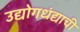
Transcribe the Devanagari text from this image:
उद्योगधंद्याची